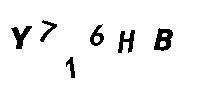
Y716HB